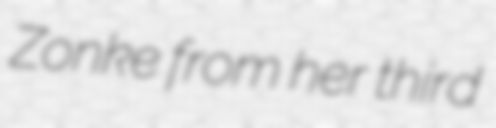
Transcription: Zonke from her third